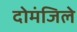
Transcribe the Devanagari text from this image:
दोमंजिले